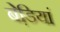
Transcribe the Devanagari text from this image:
बेडि़यां